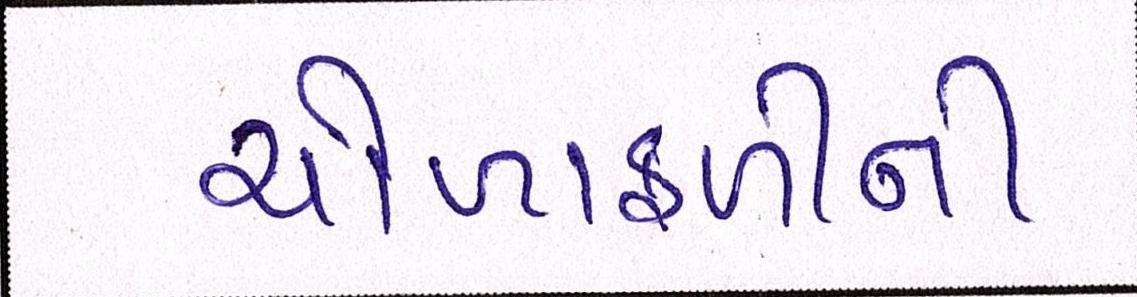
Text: ચોળાફળીની